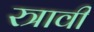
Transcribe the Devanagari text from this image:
स्त्रावी